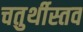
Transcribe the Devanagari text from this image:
चतुर्थीस्तव